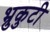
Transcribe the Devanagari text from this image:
भ्रुकुटी